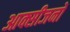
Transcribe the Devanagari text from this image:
आक्सीजनों